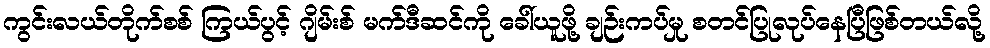
ကွင်းလယ်တိုက်စစ် ကြယ်ပွင့် ဂျိမ်းစ် မက်ဒီဆင်ကို ခေါ်ယူဖို့ ချဉ်းကပ်မှု စတင်ပြုလုပ်နေပြီဖြစ်တယ်လို့